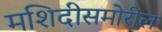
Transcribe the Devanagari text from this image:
मशिदीसमोरील